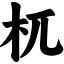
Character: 杌